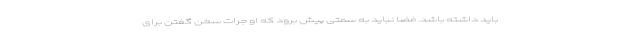
باید داشته باشد. فضا نباید به سمتی پیش برود که او جرات سخن گفتن برای